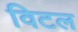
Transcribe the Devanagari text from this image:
विटल